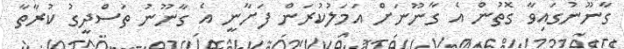
ގާނޫނުގައިވާ ގޮތުން އެ ގާނޫނަށް އަމަލުކުރަން ފަށާނީ އެ ގާނޫނު ތަސްދީގު ކުރާތާ